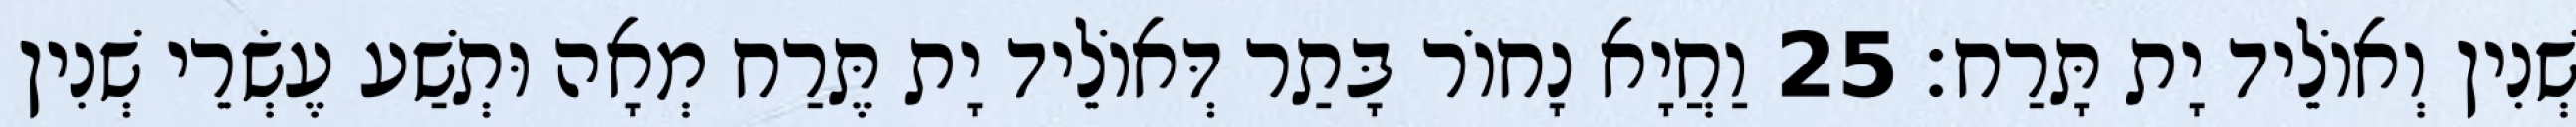
שְׁנִין וְאוֹלֵיד יָת תָּרַח׃ 25 וַחֲיָא נָחוֹר בָּתַר דְּאוֹלֵיד יָת תֶּרַח מְאָה וּתְשַׁע עֶשְׂרֵי שְׁנִין